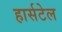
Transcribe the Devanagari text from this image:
हार्सटेल